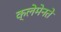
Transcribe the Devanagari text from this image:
क्लेमेनते